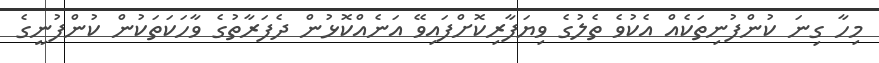
މިހާ ގިނަ ކުންފުނިތަކެއް އެކުވެ ތެލުގެ ވިޔަފާރިކޮށްފައިވޭ އަނެއްކޮޅުން ދެފަރާތުގެ ވާހަކަތަކުން ކުންފުނީގެ